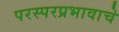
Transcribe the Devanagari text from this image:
परस्परप्रभावाचे